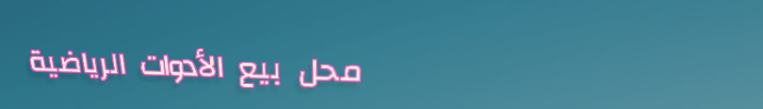
محل بيع الأدوات الرياضية